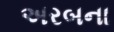
અરબના